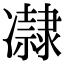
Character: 𠘞